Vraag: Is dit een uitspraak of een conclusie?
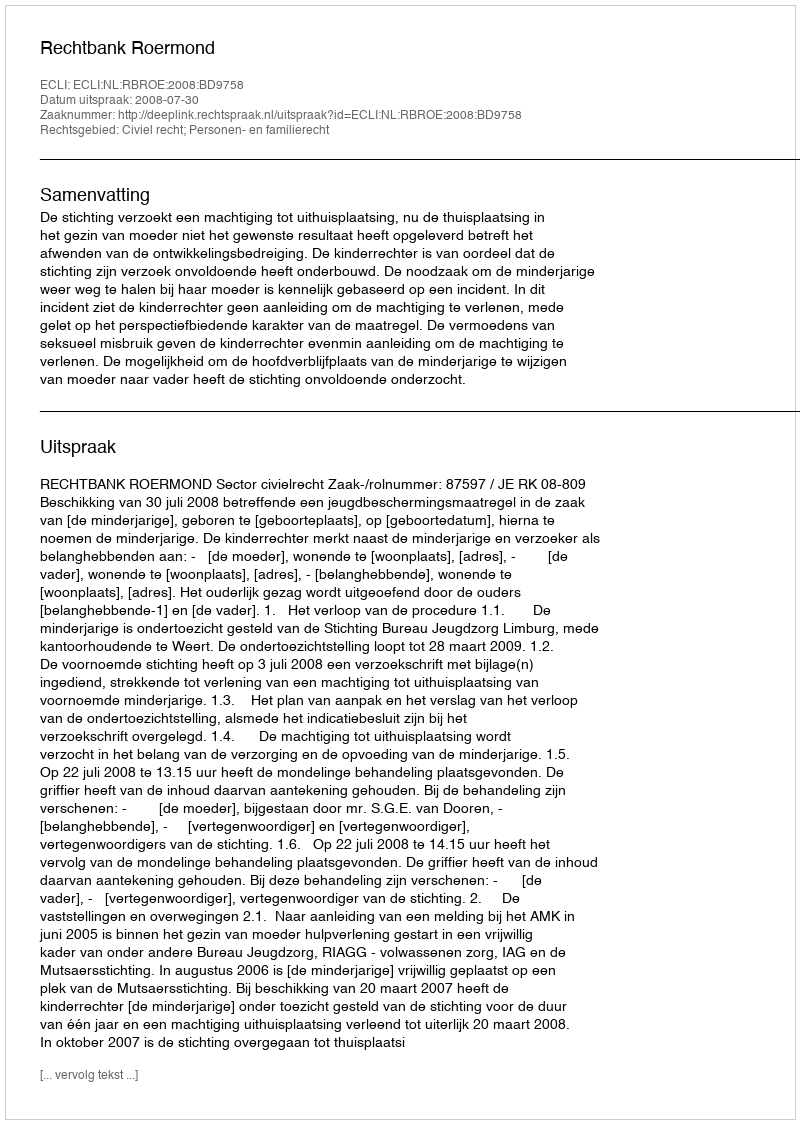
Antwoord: Uitspraak